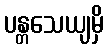
ပန္တသေယျမှိ